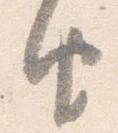
由